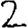
Digit: 2